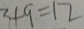
3 + 9 = 1 2